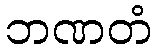
ဘဏတံ